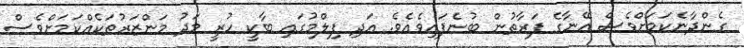
ގެންދާނެކަމަށްވެސް އޭނާގެ ފަރާތުން ބުނެފައިވެއެވެ. އަދި ފިލްމުގައި ބާކީ ހުރީ މަދު މަންޒަރުތަކެއްކަމަށްވެސް